画像に写った文字を読んでください
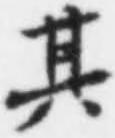
「其」と書いてあります